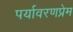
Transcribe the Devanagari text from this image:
पर्यावरणप्रेम